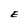
Character: E